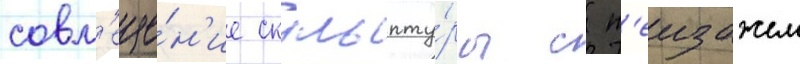
совм'еще́н'ие скульпту́ры с п'еизажем